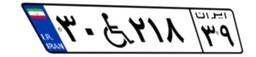
۱۱W۲۹۲۷۷